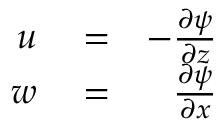
\begin{array} { r l r } { u } & { { } = } & { - \frac { \partial \psi } { \partial z } } \\ { w } & { { } = } & { \frac { \partial \psi } { \partial x } } \end{array}